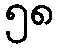
၅၈